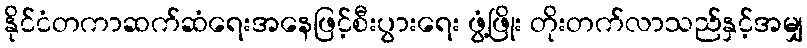
နိုင်ငံတကာဆက်ဆံရေးအနေဖြင့်စီးပွားရေး ဖွံ့ဖြိုး တိုးတက်လာသည်နှင့်အမျှ